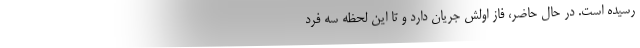
رسیده است. در حال حاضر، فاز اولش جریان دارد و تا این لحظه سه فرد